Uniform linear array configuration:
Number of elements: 16
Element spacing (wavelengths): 1
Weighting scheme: cosine
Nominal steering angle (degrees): -45
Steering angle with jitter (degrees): -45.646
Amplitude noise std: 0.05
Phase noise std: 0.05

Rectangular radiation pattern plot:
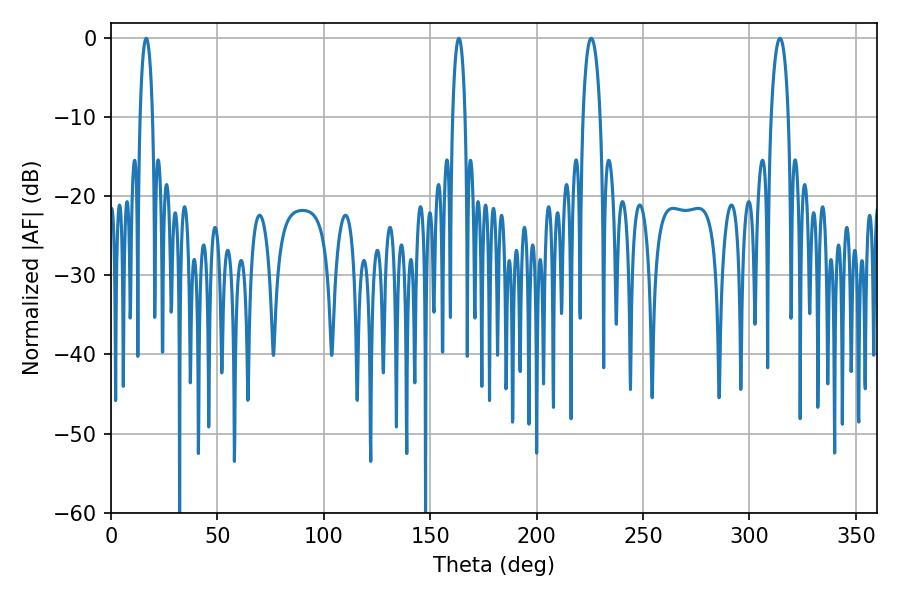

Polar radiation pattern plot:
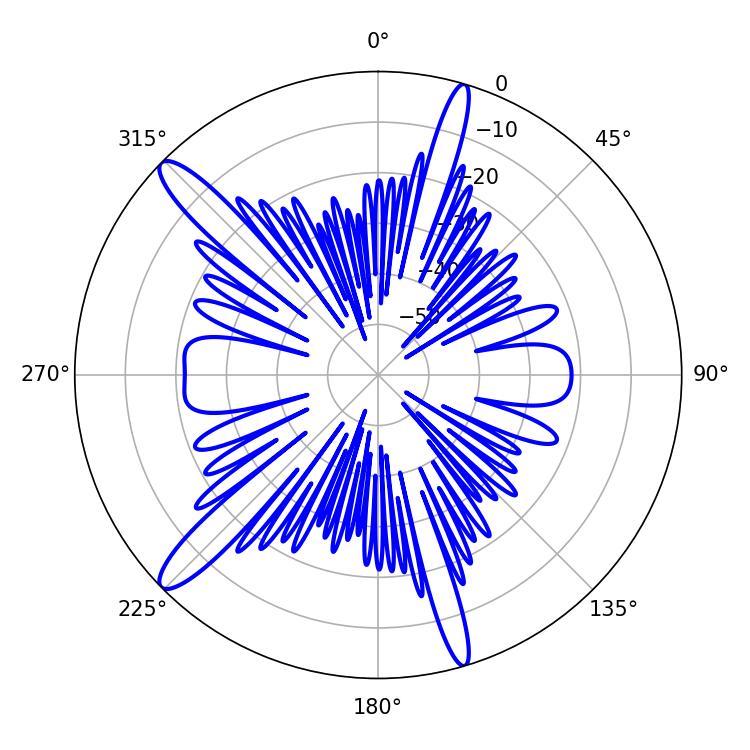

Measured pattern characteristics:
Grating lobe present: TRUE
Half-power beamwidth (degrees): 3.24
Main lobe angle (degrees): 16.56